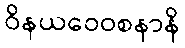
ဝိနယဝေဝစနာနိ